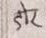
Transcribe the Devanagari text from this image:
डोर